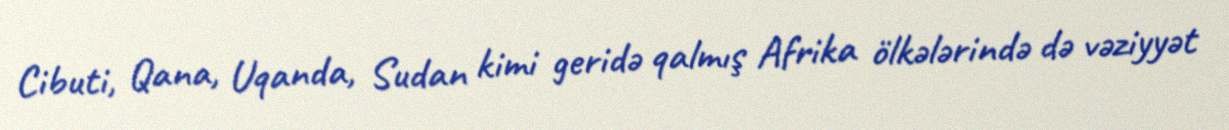
Cibuti, Qana, Uqanda, Sudan kimi geridə qalmış Afrika ölkələrində də vəziyyət